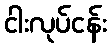
ငါးလုပ်ငန်း